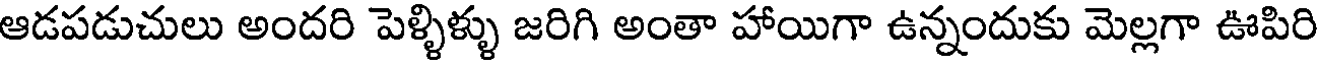
ఆడపడుచులు అందరి పెళ్ళిళ్ళు జరిగి అంతా హాయిగా ఉన్నందుకు మెల్లగా ఊపిరి